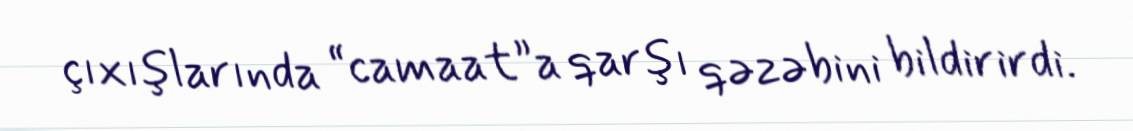
çıxışlarında “camaat”a qarşı qəzəbini bildirirdi.